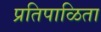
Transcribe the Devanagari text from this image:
प्रतिपाळिता